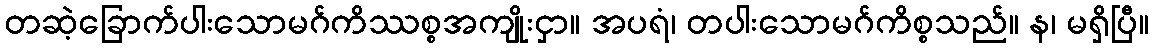
တဆဲ့ခြောက်ပါးသောမဂ်ကိဿစ္စအကျိုးငှာ။ အပရံ၊ တပါးသောမဂ်ကိစ္စသည်။ န၊ မရှိပြီ။